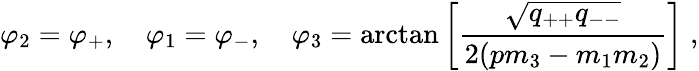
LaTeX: \varphi_{2}=\varphi_{+},\quad\varphi_{1}=\varphi_{-},\quad\varphi_{3}=\arctan\left[\frac{\sqrt{q_{++}q_{--}}}{2(pm_{3}-m_{1}m_{2})}\right]\; ,